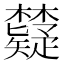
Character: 𬅐